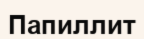
Папиллит